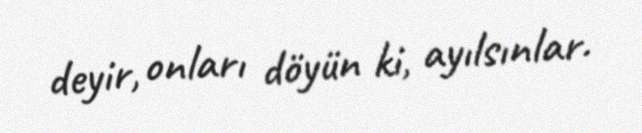
deyir, onları döyün ki, ayılsınlar.